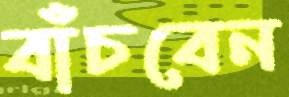
বাঁচবেন